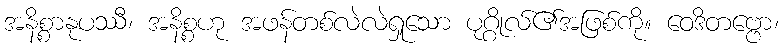
အနိစ္စာနုပဿီ၊ အနိစ္စဟု အဖန်တစ်လဲလဲရှုသော ပုဂ္ဂိုလ်၏အဖြစ်ကို။ ဝေဒိတဗ္ဗော၊